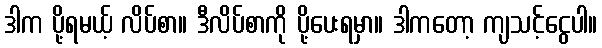
ဒါက ပို့ရမယ့် လိပ်စာ။ ဒီလိပ်စာကို ပို့ပေးရမှာ။ ဒါကတော့ ကျသင့်ငွေပါ။